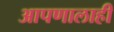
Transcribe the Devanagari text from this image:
आपणालाही